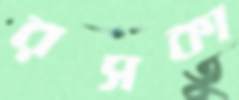
রসকা